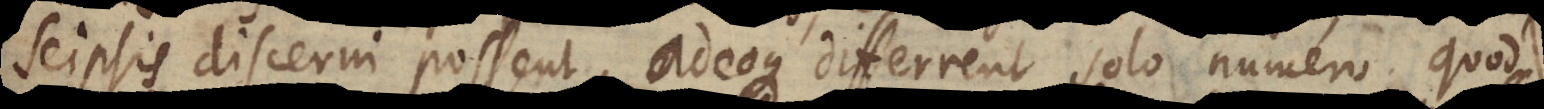
seipsis discerni possent, adeoque differrent solo numero, quod